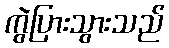
ကွဲပြားသွားသည်